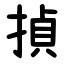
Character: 揁